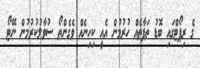
ގެ ރިޕޯޓްގައި ބޮޑު ތަފާތެއް ހުރުމުން އެއީ ކިހިނެއް ވެގެންތޯ ސުވާލުކުރުމުން ނޭޓޯ